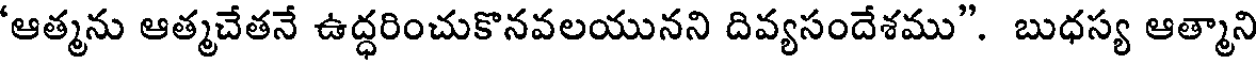
'ఆత్మను ఆత్మచేతనే ఉద్ధరించుకొనవలయునని దివ్యసందేశము". బుధస్య ఆత్మాని